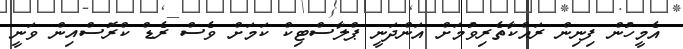
އެމީހުން ފިނިން ރައްކާތެރިވުމަށް އަންދަނީ ޕްލާސްޓިކް ކަމަށް ވެސް ރެޑް ކްރޮސްއިން ވަނީ